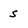
Character: s